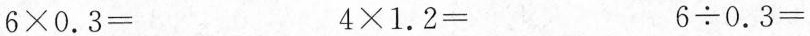
$$6 \times 0 . 3 =$$ $$4 \times 1 . 2 =$$ $$6 \div 0 . 3 =$$